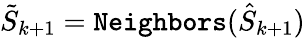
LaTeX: \tilde{S}_{k+1}={\tt Neighbors}(\hat{S}_{k+1})